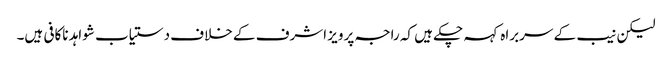
لیکن نیب کے سربراہ کہہ چکے ہیں کہ راجہ پرویز اشرف کے خلاف دستیاب شواہد ناکافی ہیں۔